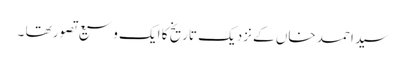
سید احمد خاں کے نزدیک تاریخ کا ایک وسیع تصور تھا ۔